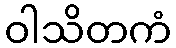
ဝါသိတကံ